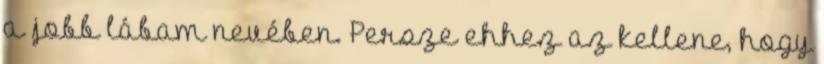
a jobb lábam nevében. Persze ehhez az kellene, hogy